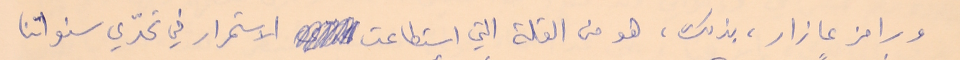
ورامز عازار، بذلك، هو من القلة التي استطاعت الاستمرار في تحدّي سنواتنا